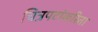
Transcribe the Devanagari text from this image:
चित्रपटांकरिता